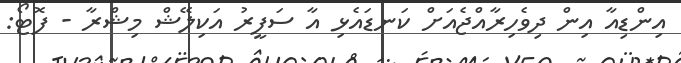
އިންޑިއާ އިން ދިވެހިރާއްޖެއަށް ކަނޑައެޅި އާ ސަފީރު އަކިލޭޝް މިޝްރާ - ފޮޓޯ: